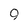
Character: 9